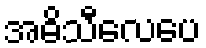
အဓိသီလေပေ